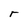
Character: r